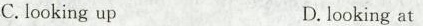
C. looking up D. looking at